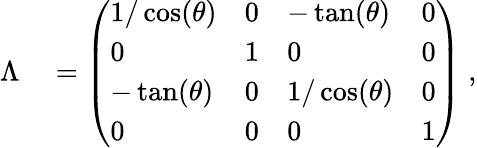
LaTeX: \begin{array}{rl}{\Lambda}&{{}=\left(\begin{array}{llll}{1/\cos(\theta)}&{0}&{-\tan(\theta)}&{0}\\ {0}&{1}&{0}&{0}\\ {-\tan(\theta)}&{0}&{1/\cos(\theta)}&{0}\\ {0}&{0}&{0}&{1}\end{array}\right)\; ,}\end{array}